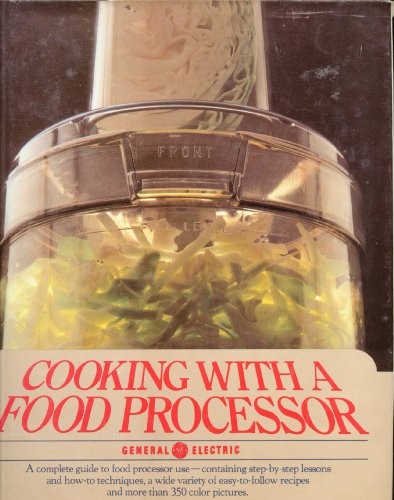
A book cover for Cooking With a Food Processor; Cookbooks, Food & Wine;